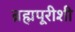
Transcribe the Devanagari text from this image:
ब्रह्मपूरीशी